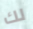
لك